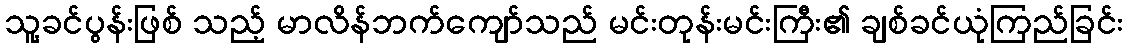
သူ့ခင်ပွန်းဖြစ် သည့် မာလိန်ဘက်ကျော်သည် မင်းတုန်းမင်းကြီး၏ ချစ်ခင်ယုံကြည်ခြင်း